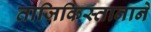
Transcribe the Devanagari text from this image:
ताजिकिस्तानाने